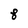
Character: 8